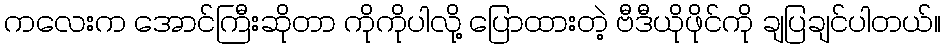
ကလေးက အောင်ကြီးဆိုတာ ကိုကိုပါလို့ ပြောထားတဲ့ ဗီဒီယိုဖိုင်ကို ချပြချင်ပါတယ်။